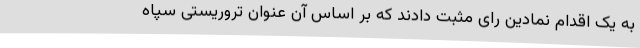
به یک اقدام نمادین رای مثبت دادند که بر اساس آن عنوان تروریستی سپاه